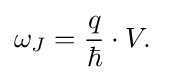
\omega _{J}={\frac {q}{\hbar }}\cdot V.\